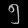
Digit: ၅